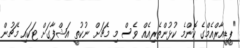
"ޕީޑީއާރްއެމްގެ ކޮންމެ ކުޅުންތެރިއެއް ވެސް މި މެޗަށް ނުކުތީ އަޝްފާގަށް ޓަކައި މެޗުން